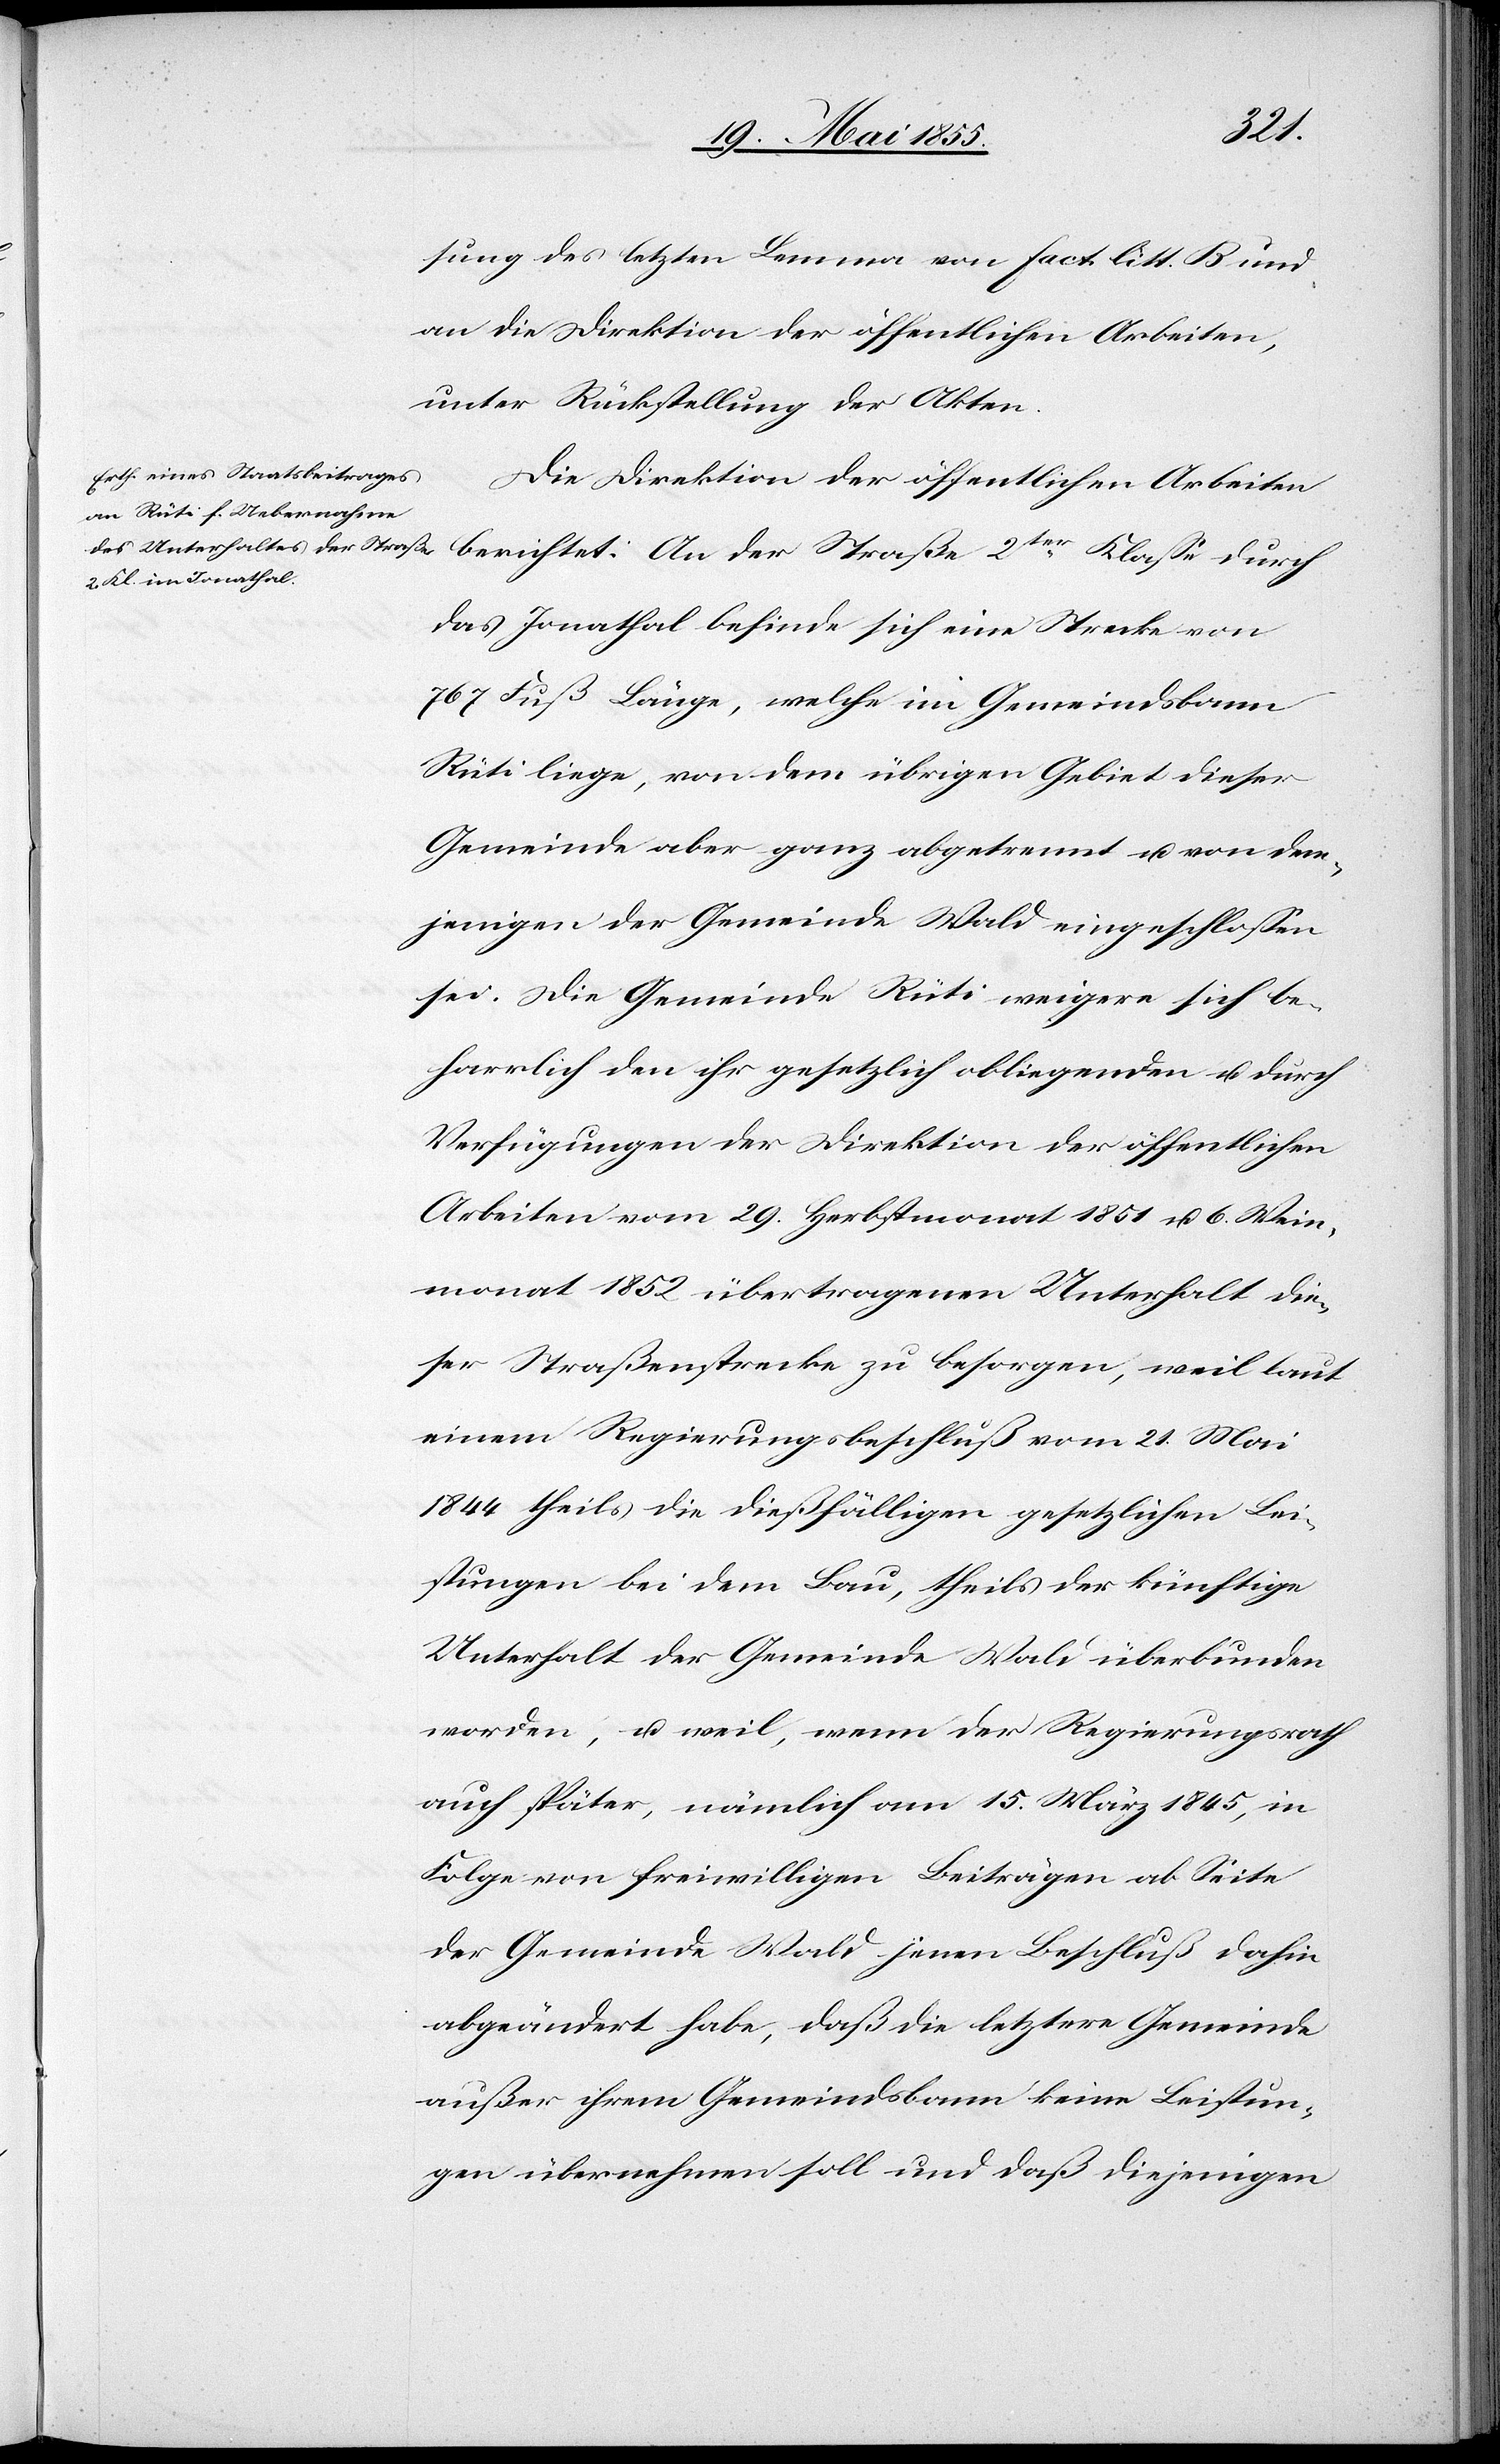
durch
sung des letzten Lemma von Fact. litt. B und
an die Direktion der öffentlichen Arbeiten,
unter Rückstellung der Akten.
Die Direktion der öffentlichen Arbeiten
das Jonathal befinde sich eine Strecke von
767 Fuß Länge, welche im Gemeindsbann
Rüti liege, von dem übrigen Gebiet dieser
Gemeinde aber ganz abgetrennt u. von dem¬
jenigen der Gemeinde Wald eingeschlossen
sei. Die Gemeinde Rüti weigere sich be¬
harrlich den ihr gesetzlich obliegenden u. durch
Verfügungen der Direktion der öffentlichen
Arbeiten vom 29. Herbstmonat 1851 u. 6. Wein¬
monat 1852 übertragenen Unterhalt die¬
ser Straßenstrecke zu besorgen, weil laut
einem Regierungsbeschluß vom 21. Mai
1844 theils die dießfälligen gesetzlichen Lei¬
stungen bei dem Bau, theils der künftige
Unterhalt der Gemeinde Wald überbunden
worden, u. weil, wenn der Regierungsrath
auch später, nämlich am 15. März 1845, in
Folge von freiwilligen Beiträgen ab Seite
der Gemeinde Wald jenen Beschluß dahin
abgeändert habe, daß die letztere Gemeinde
außer ihrem Gemeindsbann keine Leistun¬
gen übernehmen soll und daß diejenigen